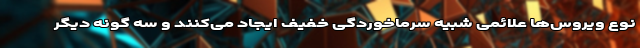
نوع ویروس‌ها علائمی شبیه سرماخوردگی خفیف ایجاد می‌کنند و سه گونه دیگر